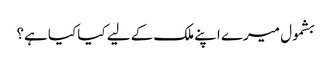
بشمول میرے اپنے ملک کے لیے کیا کیا ہے؟